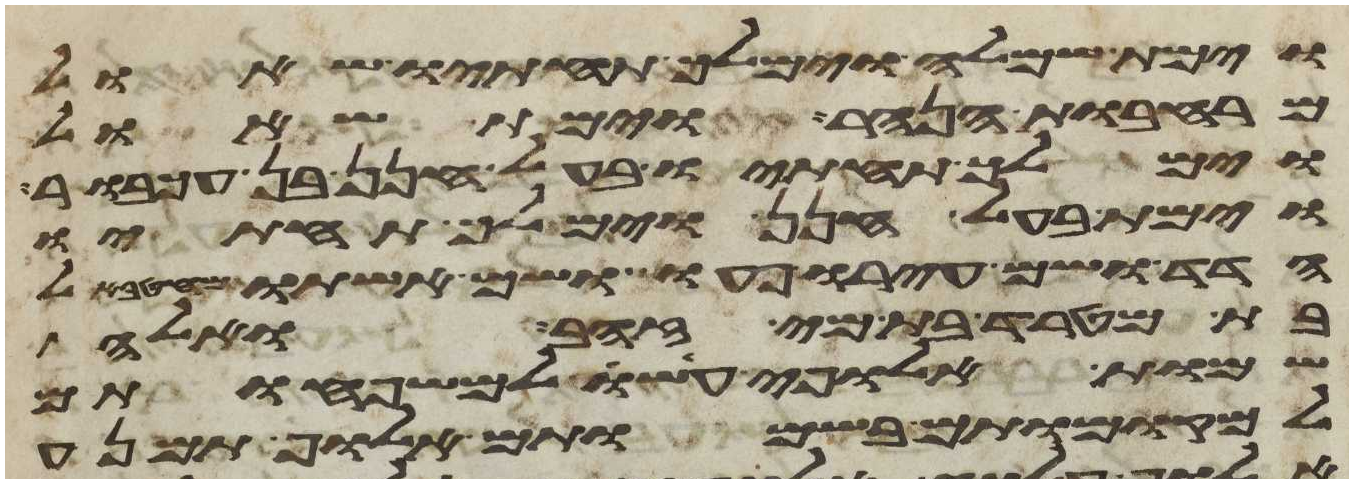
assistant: וימת שמלה וימלך תחתיו שאול
מרחבות הנהר וימת שאול
וימלך תחתיו בעל חנן בן עכבור
וימת בעל חנן וימלך תחתיו
הדד ושם עירו פעו ושם אשתו מהטבאל
בת מטרד בת מי זהב ואלה
שמות אלופי עשו למשפחותם
למקומותם בשמותם אלוף תמנע